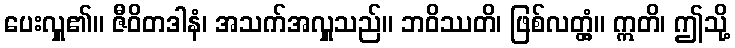
ပေးလှူ၏။ ဇီဝိတဒါနံ၊ အသက်အလှူသည်။ ဘဝိဿတိ၊ ဖြစ်လတ္တံ့။ ဣတိ၊ ဤသို့